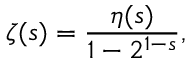
\zeta ( s ) = { \frac { \eta ( s ) } { 1 - 2 ^ { 1 - s } } } ,